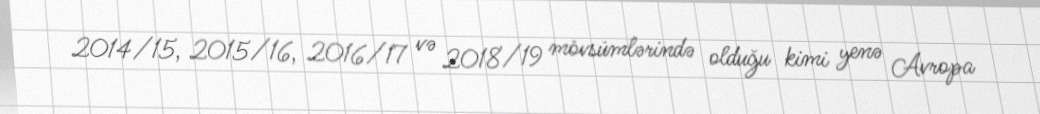
2014/15, 2015/16, 2016/17 və 2018/19 mövsümlərində olduğu kimi yenə Avropa